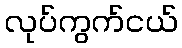
လုပ်ကွက်ငယ်